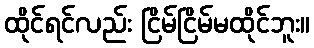
ထိုင်ရင်လည်း ငြိမ်ငြိမ်မထိုင်ဘူး။